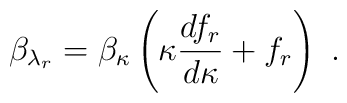
\beta_{\lambda_r}=\beta_\kappa \left(\kappa \frac{df_r}{d\kappa}+f_r\right)\,\,.